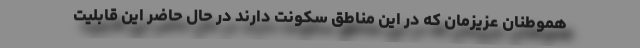
هموطنان عزیزمان که در این مناطق سکونت دارند در حال حاضر این قابلیت